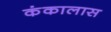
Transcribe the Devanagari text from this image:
कंकालास